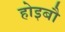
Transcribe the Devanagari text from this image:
होइबौ